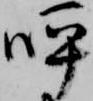
呼